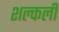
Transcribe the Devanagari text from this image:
शल्कली